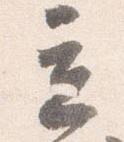
立